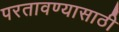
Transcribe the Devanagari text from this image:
परतावण्यासाठी